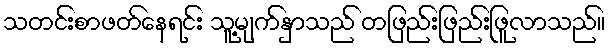
သတင်းစာဖတ်နေရင်း သူ့မျက်နှာသည် တဖြည်းဖြည်းဖြူလာသည်။